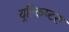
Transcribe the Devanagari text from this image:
यूक्लिप्टस